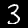
Label: 3